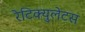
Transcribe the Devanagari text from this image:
रेटिक्युलेटस